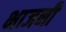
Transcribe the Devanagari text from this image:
भाजनी